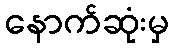
နောက်ဆုံးမှ